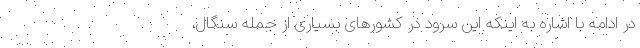
در ادامه با اشاره به اینکه این سرود در کشورهای بسیاری از جمله سنگال،